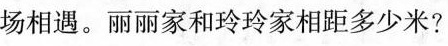
场相遇。丽丽家和玲玲家相距多少米?